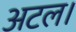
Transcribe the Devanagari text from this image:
अटल।